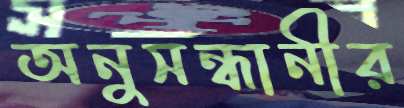
অনুসন্ধানীর